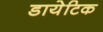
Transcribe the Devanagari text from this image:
डायेटिक